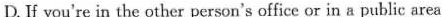
D. If you're in the other person's office or in a public area